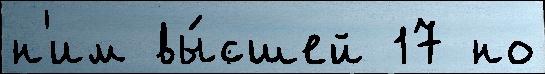
н'им вы́сшей 17 но